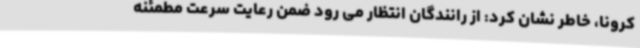
کرونا، خاطر نشان کرد: از رانندگان انتظار می رود ضمن رعایت سرعت مطمئنه